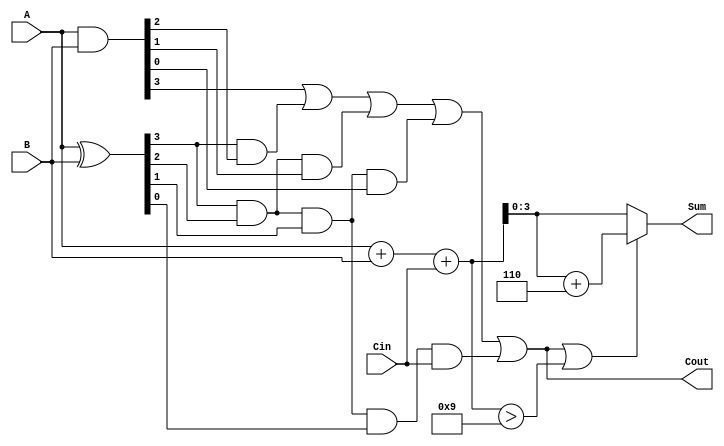
module BCD_Carry_Lookahead_Adder (
    input  [3:0] A,      // First BCD digit
    input  [3:0] B,      // Second BCD digit
    input        Cin,     // Carry input
    output [3:0] Sum,     // BCD Sum output
    output       Cout     // Carry output
);

    // Internal signals for propagate and generate
    wire [3:0] P; // Propagate signals
    wire [3:0] G; // Generate signals
    wire [4:0] C; // Carry signals

    // Generate and propagate signals
    assign P = A ^ B; // P[i] = A[i] XOR B[i]
    assign G = A & B; // G[i] = A[i] AND B[i]

    // Carry lookahead logic
    assign C[0] = Cin; // C[0] = Cin
    assign C[1] = G[0] | (P[0] & C[0]);
    assign C[2] = G[1] | (P[1] & G[0]) | (P[1] & P[0] & C[0]);
    assign C[3] = G[2] | (P[2] & G[1]) | (P[2] & P[1] & G[0]) | (P[2] & P[1] & P[0] & C[0]);
    assign C[4] = G[3] | (P[3] & G[2]) | (P[3] & P[2] & G[1]) | (P[3] & P[2] & P[1] & G[0]) | (P[3] & P[2] & P[1] & P[0] & C[0]);

    // Raw sum calculation
    wire [4:0] RawSum; // 5-bit to accommodate carry
    assign RawSum = A + B + Cin;

    // Final sum calculation
    assign Sum = (C[4] || (RawSum > 9)) ? (RawSum + 5'd6) : RawSum[3:0];
    assign Cout = C[4]; // Carry out

endmodule